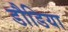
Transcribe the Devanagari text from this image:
डौडिया